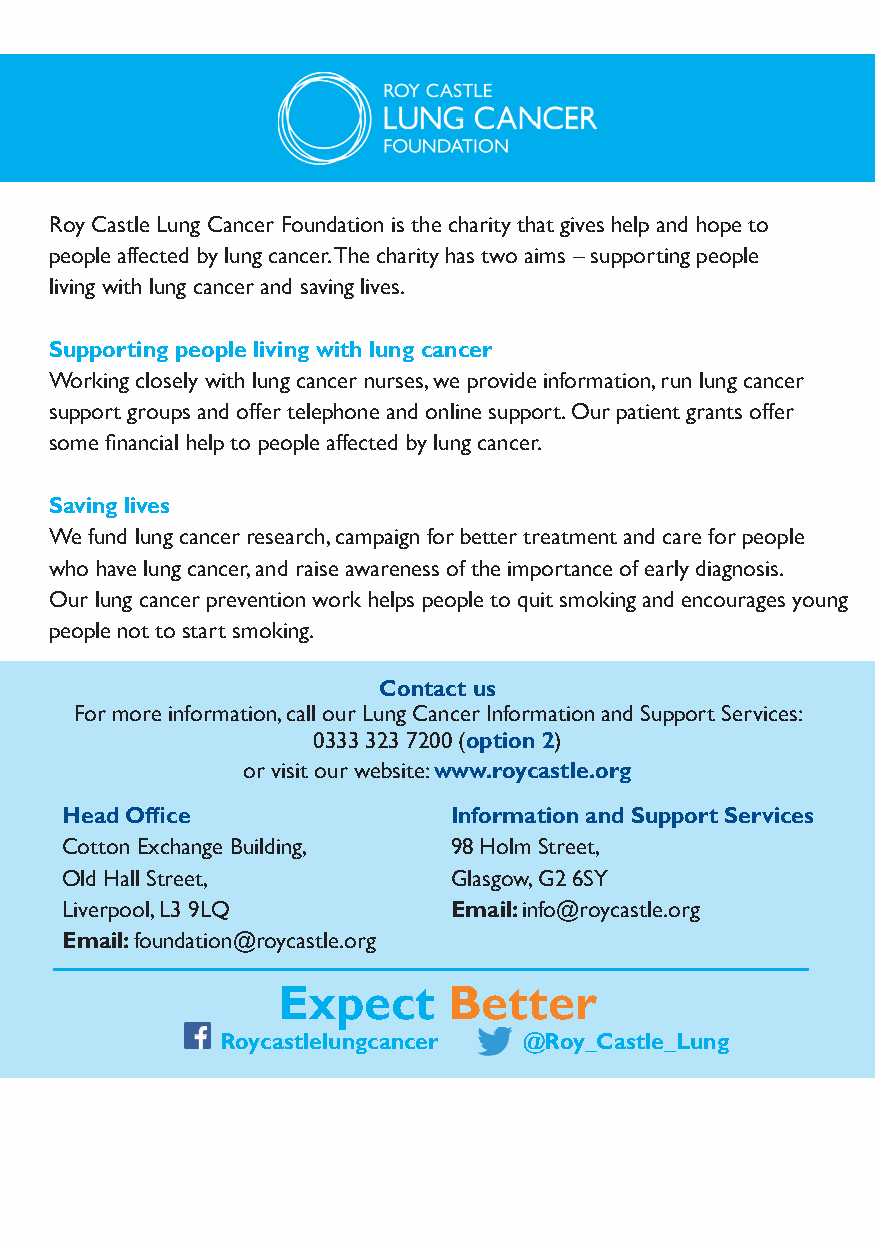
Roy Castle Lung Cancer Foundation is the charity that gives help and hope to
 people affected by lung cancer. The charity has two aims – supporting people
 living with lung cancer and saving lives.
 Supporting people living with lung cancer
 Working closely with lung cancer nurses, we provide information, run lung cancer
 support groups and offer telephone and online support. Our patient grants offer
 some fi nancial help to people affected by lung cancer.
 Saving lives
 We fund lung cancer research, campaign for better treatment and care for people
 who have lung cancer, and raise awareness of the importance of early diagnosis.
 Our lung cancer prevention work helps people to quit smoking and encourages young
 people not to start smoking.
 Contact us
 For more information, call our Lung Cancer Information and Support Services:
 0333 323 7200 (option 2)
 or visit our website: www.roycastle.org
 Head Offi ce              Information and Support Services
 Cotton Exchange Building, 98 Holm Street,
 Old Hall Street,          Glasgow, G2 6SY
 Liverpool, L3 9LQ         Email: info@roycastle.org
 Email: foundation@roycastle.org
 Expect      Better
 Roycastlelungcancer @Roy_Castle_Lung
 44 Targeted therapies for lung cancer